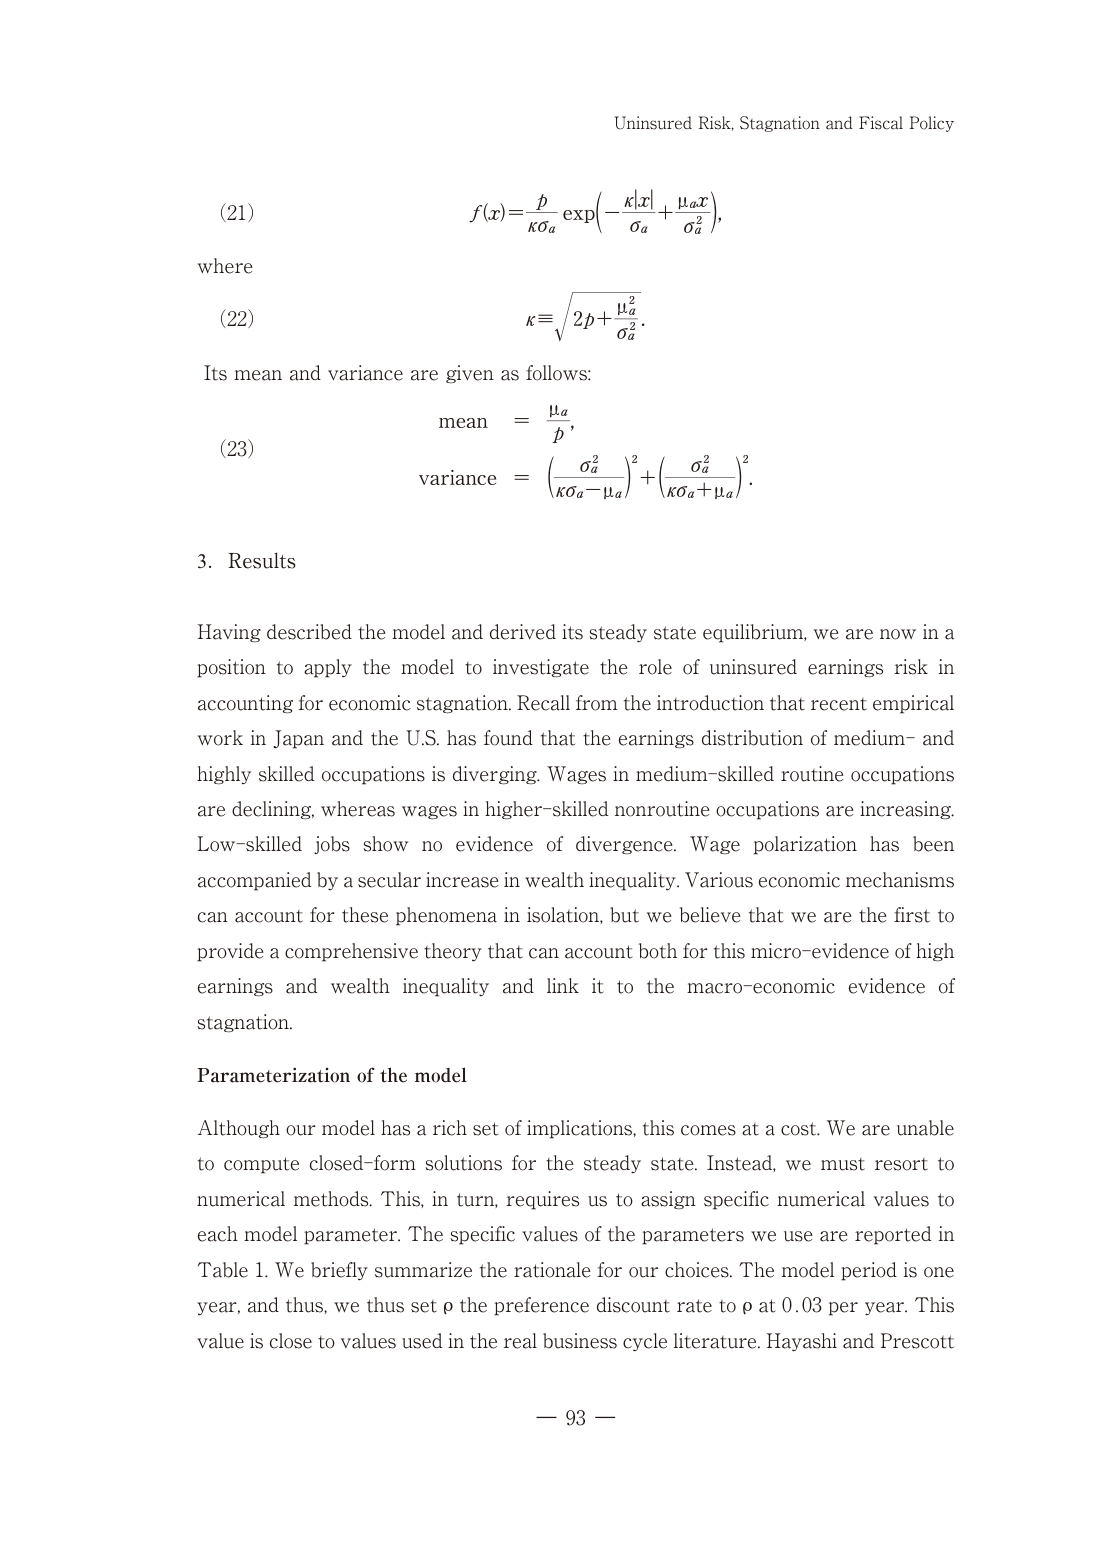
Uninsured Risk, Stagnation and Fiscal Policy

(21)